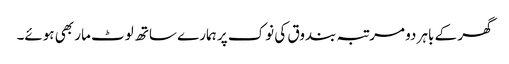
گھر کے باہر دو مرتبہ بندوق کی نوک پر ہمارے ساتھ لوٹ مار بھی ہوئے۔